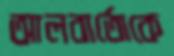
আলবার্তোকে